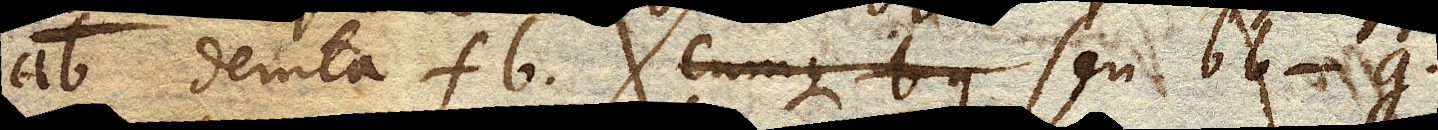
ab demta fb cumque bg seu bb-g.